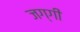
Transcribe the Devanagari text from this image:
जग्‍गी